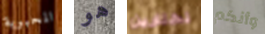
المحبوبة هو تختارين وأنكم